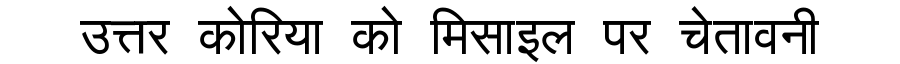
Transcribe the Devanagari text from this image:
उत्तर कोरिया को मिसाइल पर चेतावनी